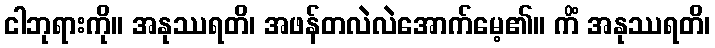
ငါဘုရားကို။ အနုဿရတိ၊ အဖန်တလဲလဲအောက်မေ့၏။ ကိံ အနုဿရတိ၊